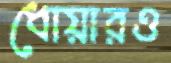
ধোয়ারও